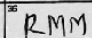
Transcription: RMM